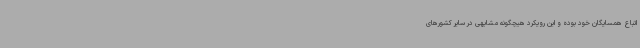
اتباع همسایگان خود بوده و این رویکرد هیچگونه مشابهی در سایر کشورهای